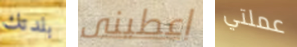
بلدتك اعطينى عملتي